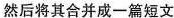
然后将其合并成一篇短文